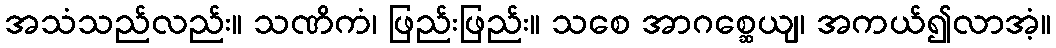
အသံသည်လည်း။ သဏိကံ၊ ဖြည်းဖြည်း။ သစေ အာဂစ္ဆေယျ၊ အကယ်၍လာအံ့။